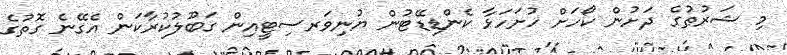
މި ޝަރުޠުގެ ދަށުން ކޯހަށް ހުށަހަޅާ ކެންޑިޑޭޓުން ޔުނިވަރސިޓީއިން ގަބޫލުކުރާކަން އެގޭނެ ގޮތުގެ